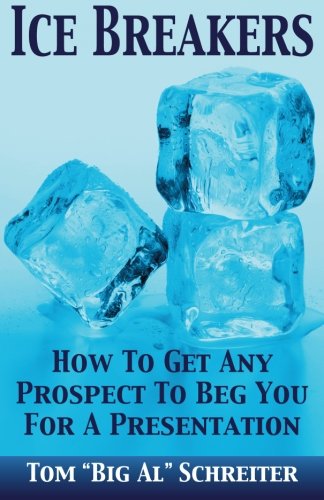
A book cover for Ice Breakers! How To Get Any Prospect To Beg You For A Presentation; Tom "Big Al" Schreiter; Business & Money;